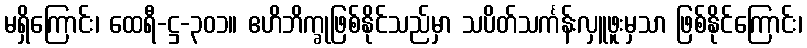
မရှိကြောင်း၊ ထေရီ-ဋ္ဌ-၃၀၁။ ဧဟိဘိက္ခုဖြစ်နိုင်သည်မှာ သပိတ်သင်္ကန်းလှူဖူးမှသာ ဖြစ်နိုင်ကြောင်း၊